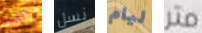
الليلة نسل ليام متر